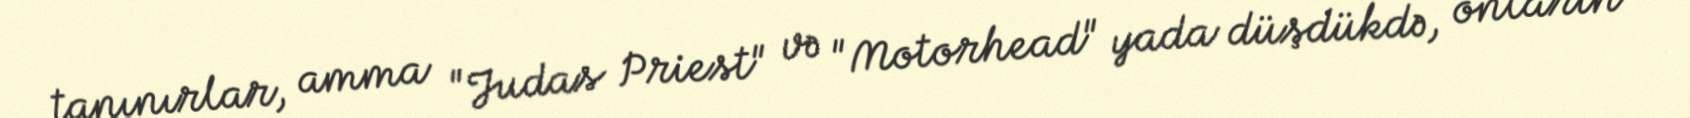
tanınırlar, amma "Judas Priest" və "Motorhead" yada düşdükdə, onların